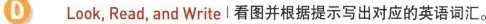
D Look, Read, and Write | 看图并根据提示写出对应的英语词汇。